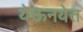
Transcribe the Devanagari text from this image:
येऊनयेत